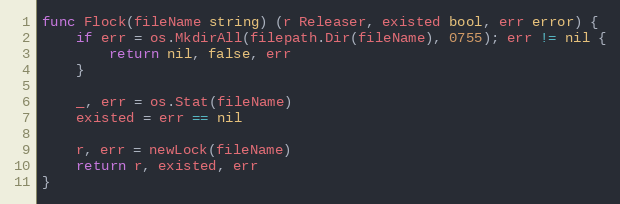
Language: Go
func Flock(fileName string) (r Releaser, existed bool, err error) {
	if err = os.MkdirAll(filepath.Dir(fileName), 0755); err != nil {
		return nil, false, err
	}

	_, err = os.Stat(fileName)
	existed = err == nil

	r, err = newLock(fileName)
	return r, existed, err
}